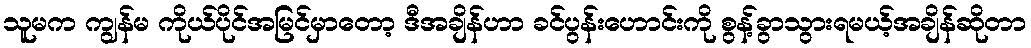
သူမက ကျွန်မ ကိုယ်ပိုင်အမြင်မှာတော့ ဒီအချိန်ဟာ ခင်ပွန်းဟောင်းကို စွန့်ခွာသွားရမယ့်အချိန်ဆိုတာ